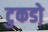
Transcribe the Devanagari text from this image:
टुकडो़